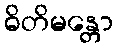
ဓိတိမန္တော